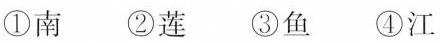
①南 ②莲 ③鱼 ④江